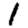
Digit: 1